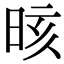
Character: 晐